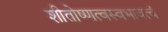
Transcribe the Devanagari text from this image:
शीतोष्णत्वस्वभावत्वं